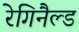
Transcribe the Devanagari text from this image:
रेगिनैल्ड